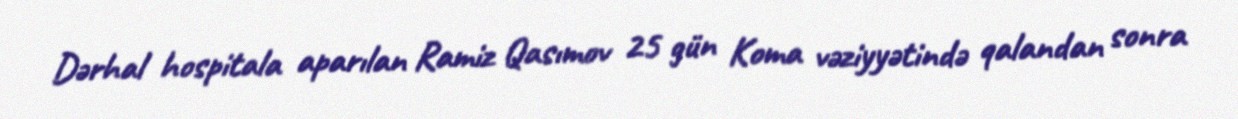
Dərhal hospitala aparılan Ramiz Qasımov 25 gün Koma vəziyyətində qalandan sonra